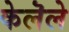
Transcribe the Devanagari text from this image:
केलॆले